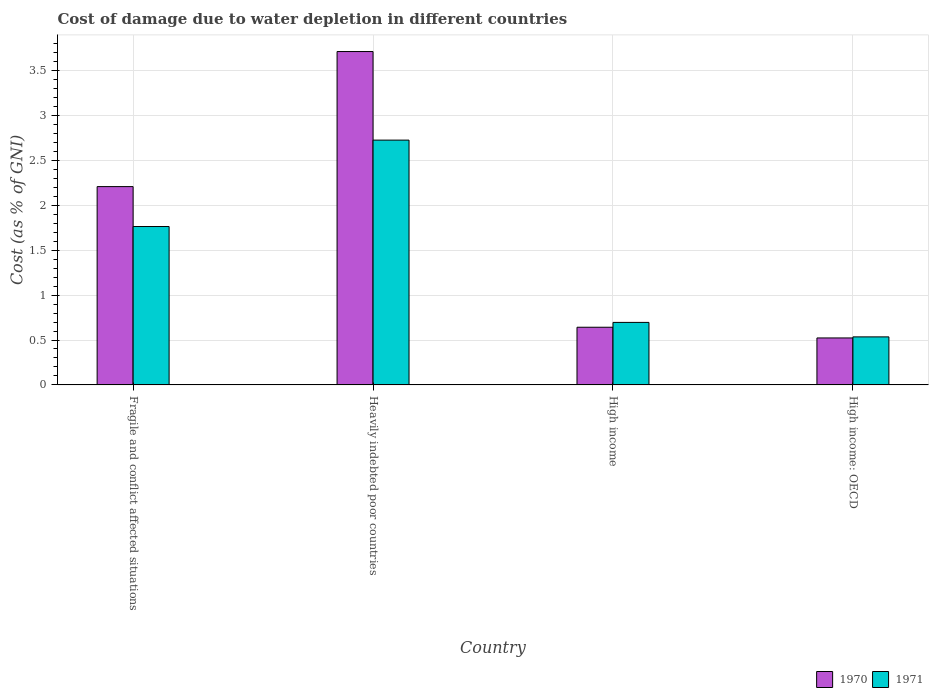
| Country | 1970 | 1971 |
 | --- | --- | --- |
 | Fragile and conflict affected situations | 2.21 | 1.76 |
 | Heavily indebted poor countries | 3.71 | 2.73 |
 | High income | 0.642 | 0.696 |
 | High income: OECD | 0.523 | 0.535 |